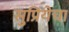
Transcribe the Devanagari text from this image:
सुप्रियेचा